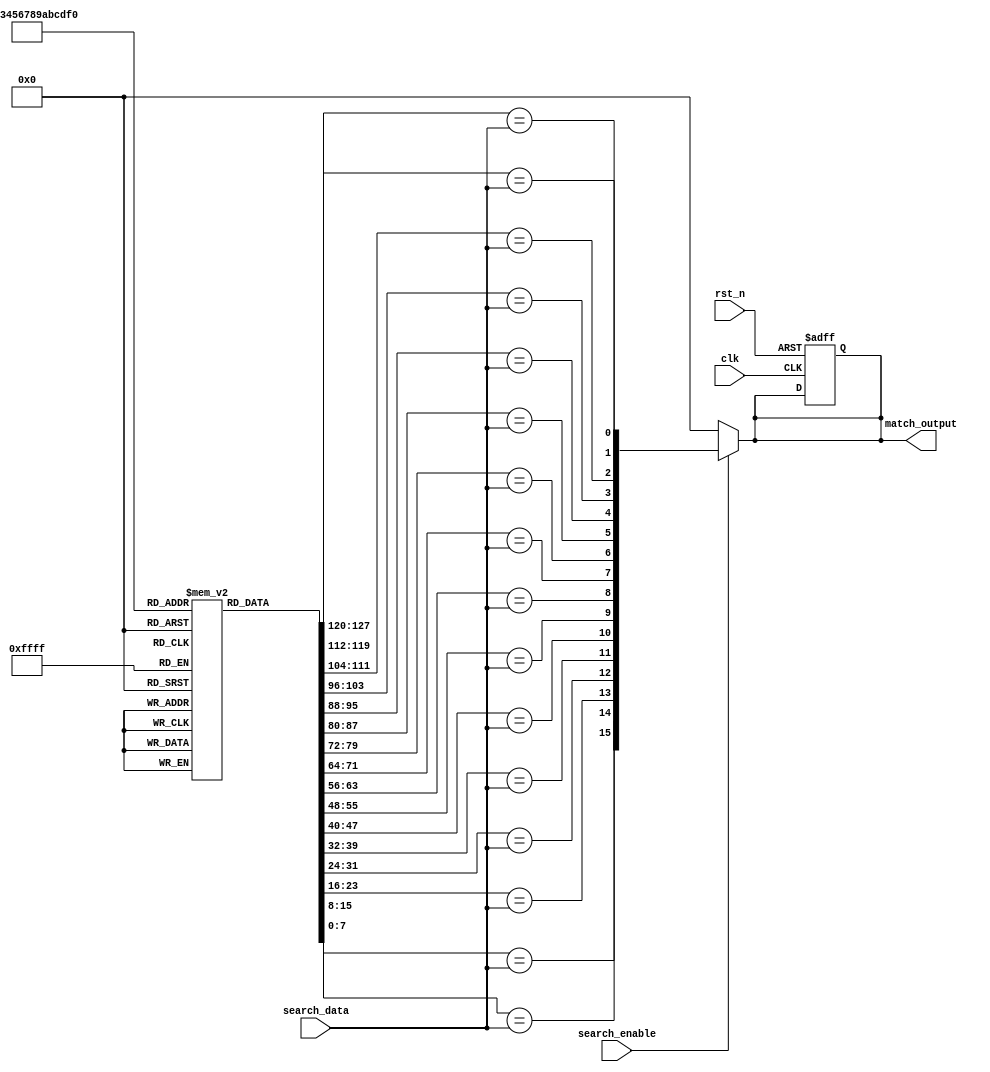
module RowBasedCAM #(
    parameter ROW_COUNT = 16,  // Number of rows in the CAM
    parameter DATA_WIDTH = 8    // Width of data entries
) (
    input wire clk,                     // Clock signal
    input wire rst_n,                   // Active-low reset
    input wire [DATA_WIDTH-1:0] search_data, // Data to search for
    input wire search_enable,           // Enable signal for search operation
    output reg [ROW_COUNT-1:0] match_output // Match output lines
);

    // Storage for CAM entries
    reg [DATA_WIDTH-1:0] cam_memory [0:ROW_COUNT-1];

    // Match lines
    wire [ROW_COUNT-1:0] match_lines;

    // Combinational logic for match detection
    genvar i;
    generate
        for (i = 0; i < ROW_COUNT; i = i + 1) begin : match_detection
            assign match_lines[i] = (cam_memory[i] == search_data);
        end
    endgenerate

    // Output logic
    always @(*) begin
        if (search_enable) begin
            match_output = match_lines; // Output match lines
        end else begin
            match_output = 0; // Clear match output if not enabled
        end
    end

    // Memory initialization (for demonstration purpose)
    initial begin
        // Load CAM with some default values (can be modified as needed)
        cam_memory[0] = 8'hAA;
        cam_memory[1] = 8'hBB;
        cam_memory[2] = 8'hCC;
        cam_memory[3] = 8'hDD;
        cam_memory[4] = 8'hEE;
        cam_memory[5] = 8'hFF;
        cam_memory[6] = 8'h00;
        cam_memory[7] = 8'h11;
        cam_memory[8] = 8'h22;
        cam_memory[9] = 8'h33;
        cam_memory[10] = 8'h44;
        cam_memory[11] = 8'h55;
        cam_memory[12] = 8'h66;
        cam_memory[13] = 8'h77;
        cam_memory[14] = 8'h88;
        cam_memory[15] = 8'h99;
    end

    // Reset logic (optional)
    always @(posedge clk or negedge rst_n) begin
        if (!rst_n) begin
            match_output <= 0; // Clear match output on reset
        end
    end

endmodule